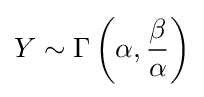
Y\sim \Gamma \left(\alpha ,{\frac {\beta }{\alpha }}\right)